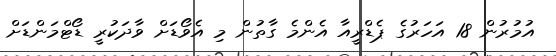
އުމުރުން 18 އަހަރުގެ ޕެޑްރީއާ އެންމެ ގާތުން މި އެވޯޑަށް ވާދަކުރީ ޑޯޓްމަންޑަށް